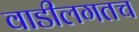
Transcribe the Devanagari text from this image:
वाडीलगतच